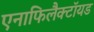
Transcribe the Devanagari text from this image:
एनाफिलैक्टॉयड